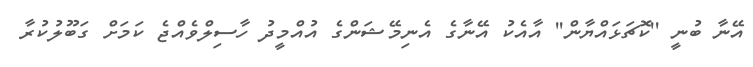
އޭނާ ބުނީ ''ކޮޗަޅައްޔާން'' އާއެކު އޭނާގެ އެނިމޭޝަންގެ އުއްމީދު ހާސިލްވެއްޖެ ކަމަށް ގަބޫލުކުރާ